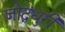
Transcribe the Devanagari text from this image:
जोदधुरी